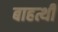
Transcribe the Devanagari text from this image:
बाहत्थी